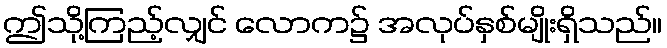
ဤသို့ကြည့်လျှင် လောက၌ အလုပ်နှစ်မျိုးရှိသည်။